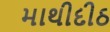
માથીદીઠ